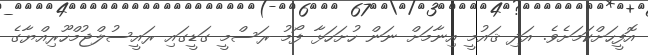
އޮފީހަށްކަމަށެވެ. އަދި ޤައުމީ އިނާމަށް ނަން ހުށަހަޅާ ފޯމު ރަސްމީ ގަޑީގައި ރައީސުލްޖުމްހޫރިއްޔާގެ